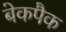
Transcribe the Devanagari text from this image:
बेकपैक